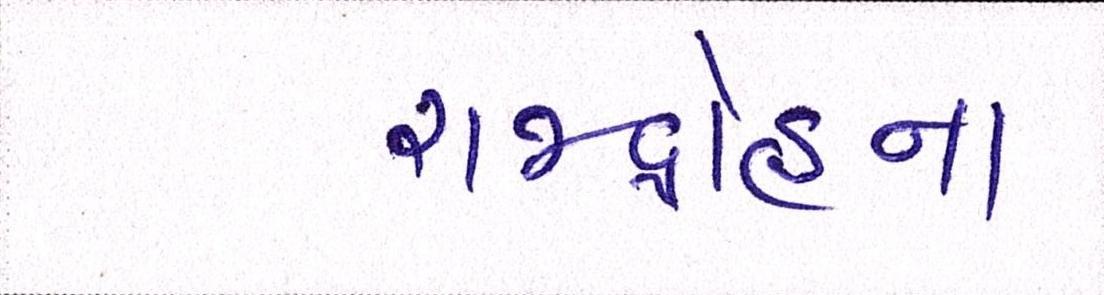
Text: રાજદ્રોહના